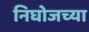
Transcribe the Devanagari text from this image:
निघोजच्या